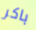
باكر